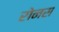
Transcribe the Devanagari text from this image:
रोनस